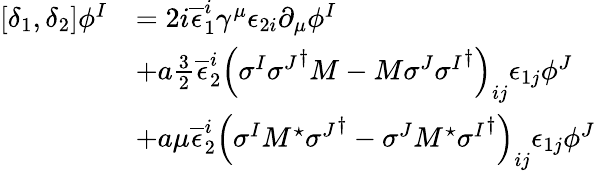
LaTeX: \begin{array}{ll}{{[\delta_{1},\delta_{2}]\phi^{I}}}&{{=2i\overline{{{\epsilon}}}_{1}^{i}\gamma^{\mu}\epsilon_{2i}\partial_{\mu}\phi^{I}}}\\ {{}}&{{+a\frac{3}{2}\overline{{{\epsilon}}}_{2}^{i}\left(\sigma^{I}{\sigma^{J}}^{\dagger}M-M\sigma^{J}{\sigma^{I}}^{\dagger}\right)_{ij}\epsilon_{1j}\phi^{J}}}\\ {{}}&{{+a\mu\overline{{{\epsilon}}}_{2}^{i}\left(\sigma^{I}M^{\star}{\sigma^{J}}^{\dagger}-\sigma^{J}M^{\star}{\sigma^{I}}^{\dagger}\right)_{ij}\epsilon_{1j}\phi^{J}}}\end{array}